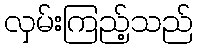
လှမ်းကြည့်သည်